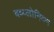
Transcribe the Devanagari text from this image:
बब्य्लोनियन